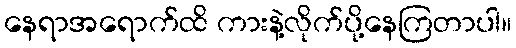
နေရာအရောက်ထိ ကားနဲ့လိုက်ပို့နေကြတာပါ။